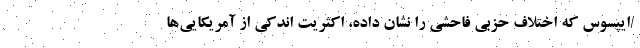
/ایپسوس که اختلاف حزبی فاحشی را نشان داده، اکثریت اندکی از آمریکایی‌ها